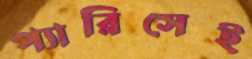
প্যারিসেই